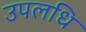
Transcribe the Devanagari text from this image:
उपलधि